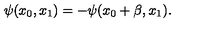
\psi ( x _ { 0 } , x _ { 1 } ) = - \psi ( x _ { 0 } + \beta , x _ { 1 } ) .